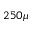
2 5 0 \mu